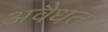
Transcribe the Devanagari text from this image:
अवैधता।